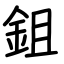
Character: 鉏